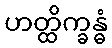
ဟတ္ထိက္ခန္ဓံ